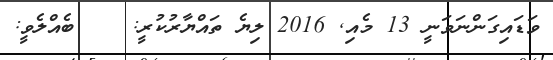
ވަޑައިގަންނަވަނީ 13 މެއި